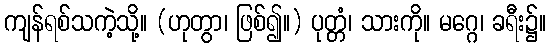
ကျန်ရစ်သကဲ့သို့။ (ဟုတွာ၊ ဖြစ်၍။) ပုတ္တံ၊ သားကို။ မဂ္ဂေ၊ ခရီး၌။